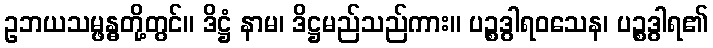
ဥဘယသမ္ဖန္ဓတို့တွင်။ ဒိဋ္ဌံ နာမ၊ ဒိဋ္ဌမည်သည်ကား။ ပဉ္စဒွါရဝသေန၊ ပဉ္စဒွါရ၏